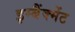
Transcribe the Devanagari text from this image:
इम्बैंक्मेंट